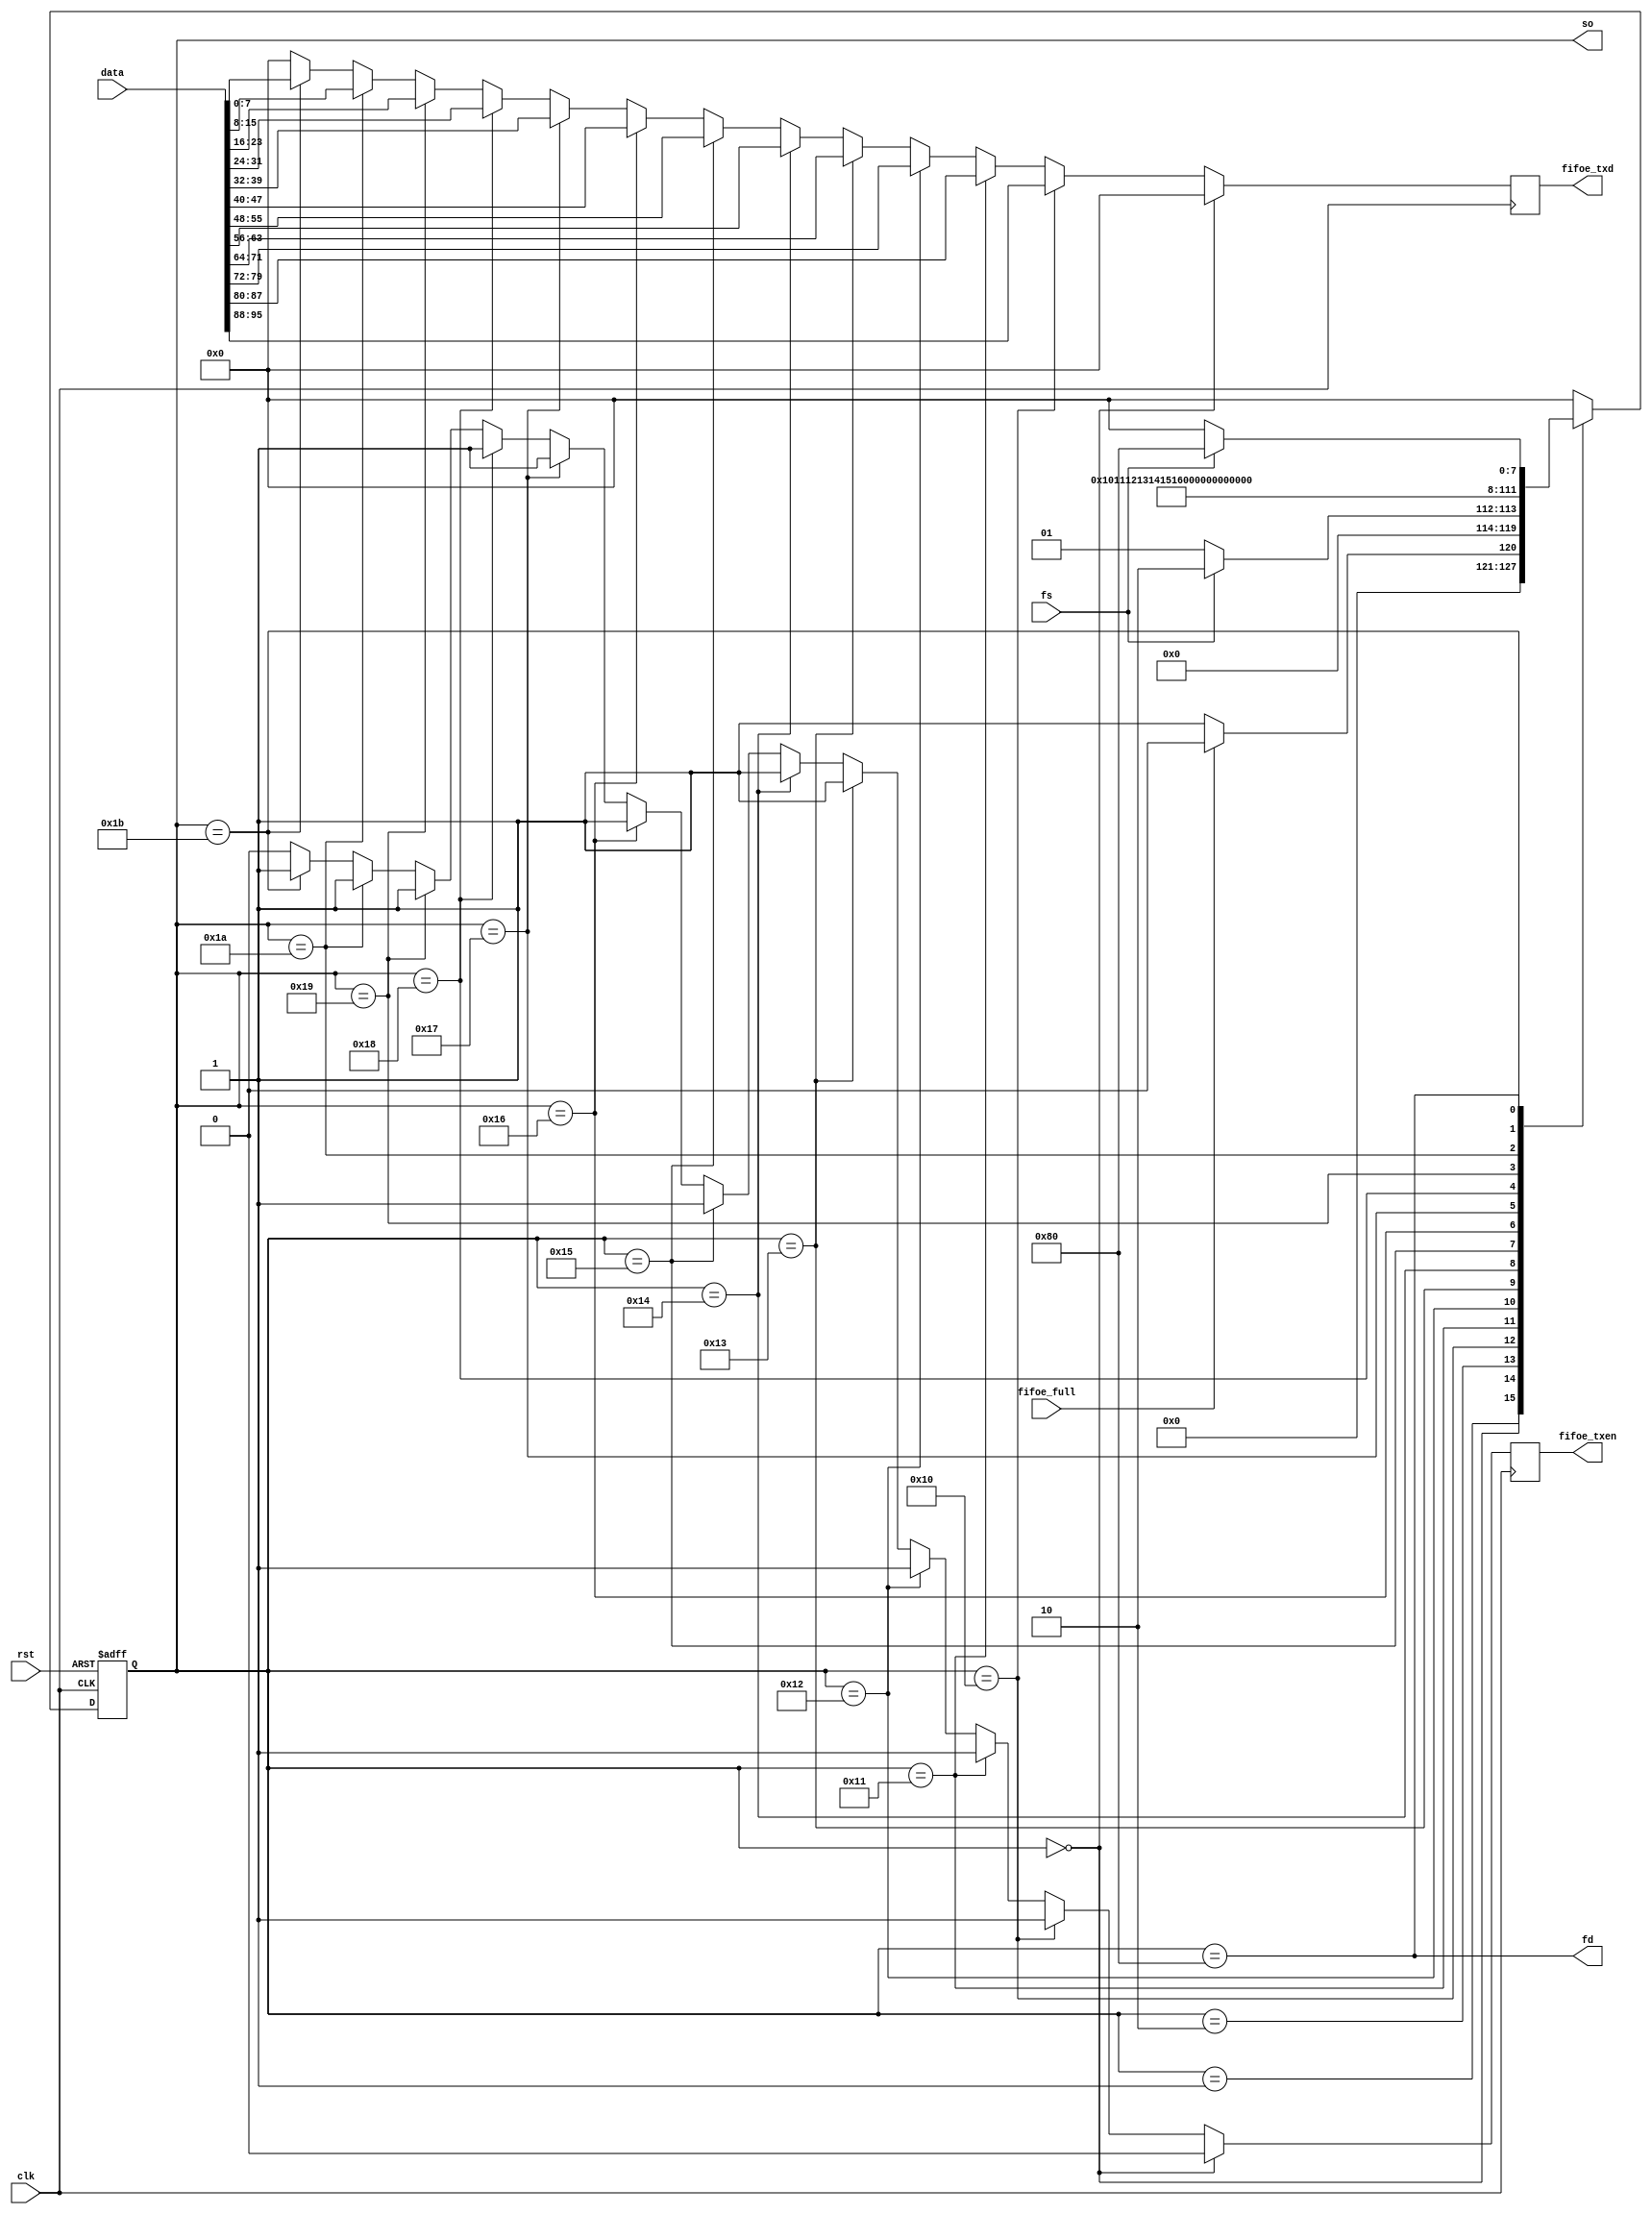
module ramw(
    input clk,
    input rst,
    input [95:0] data,

    input fs,
    output fd,
    input fifoe_full,
    output [7:0] so,

    output reg fifoe_txen,
    output reg [7:0] fifoe_txd
);
    reg [7:0] state, next_state;
    wire [7:0] dat[11:0];

    localparam IDLE = 8'h00, PREP = 8'h01, BEGN = 8'h02;
    localparam DAT0 = 8'h10, DAT1 = 8'h11, DAT2 = 8'h12, DAT3 = 8'h13;
    localparam DAT4 = 8'h14, DAT5 = 8'h15, DAT6 = 8'h16, DAT7 = 8'h17;
    localparam DAT8 = 8'h18, DAT9 = 8'h19, DATA = 8'h1A, DATB = 8'h1B;
    localparam LAST = 8'h80;

    assign dat[11] = data[95:88];
    assign dat[10] = data[87:80];
    assign dat[9] = data[79:72];
    assign dat[8] = data[71:64];
    assign dat[7] = data[63:56];
    assign dat[6] = data[55:48];
    assign dat[5] = data[47:40];
    assign dat[4] = data[39:32];
    assign dat[3] = data[31:24];
    assign dat[2] = data[23:16];
    assign dat[1] = data[15:8];
    assign dat[0] = data[7:0];
    assign fd = (state == LAST);
    assign so = state;

    always @(posedge clk or posedge rst) begin
        if(rst) state <= IDLE;
        else state <= next_state;
    end

    always @(*) begin
        case(state)
            IDLE: begin
                if(~fifoe_full) next_state <= PREP;
                else next_state <= IDLE;
            end
            PREP: begin
                if(fs) next_state <= BEGN;
                else next_state <= PREP;
            end
            BEGN: next_state <= DAT0;
            DAT0: next_state <= DAT1;
            DAT1: next_state <= DAT2;
            DAT2: next_state <= DAT3;
            DAT3: next_state <= DAT4;
            DAT4: next_state <= DAT5;
            DAT5: next_state <= DAT6;
            DAT6: next_state <= DAT7;
            DAT7: next_state <= DAT8;
            DAT8: next_state <= DAT9;
            DAT9: next_state <= DATA;
            DATA: next_state <= DATB;
            DATB: next_state <= LAST;
            LAST: begin
                if(~fs) next_state <= IDLE;
                else next_state <= LAST;
            end
            default: next_state <= IDLE;
        endcase
    end

    always @(posedge clk) begin
        if(state == IDLE) begin
            fifoe_txen <= 1'b0;
            fifoe_txd <= 8'h00;
        end
        else if(state == DAT0) begin
            fifoe_txen <= 1'b1;
            fifoe_txd <= dat[11];
        end
        else if(state == DAT1) begin
            fifoe_txen <= 1'b1;
            fifoe_txd <= dat[10];
        end
        else if(state == DAT2) begin
            fifoe_txen <= 1'b1;
            fifoe_txd <= dat[9];
        end
        else if(state == DAT3) begin
            fifoe_txen <= 1'b1;
            fifoe_txd <= dat[8];
        end
        else if(state == DAT4) begin
            fifoe_txen <= 1'b1;
            fifoe_txd <= dat[7];
        end
        else if(state == DAT5) begin
            fifoe_txen <= 1'b1;
            fifoe_txd <= dat[6];
        end
        else if(state == DAT6) begin
            fifoe_txen <= 1'b1;
            fifoe_txd <= dat[5];
        end
        else if(state == DAT7) begin
            fifoe_txen <= 1'b1;
            fifoe_txd <= dat[4];
        end
        else if(state == DAT8) begin
            fifoe_txen <= 1'b1;
            fifoe_txd <= dat[3];
        end
        else if(state == DAT9) begin
            fifoe_txen <= 1'b1;
            fifoe_txd <= dat[2];
        end
        else if(state == DATA) begin
            fifoe_txen <= 1'b1;
            fifoe_txd <= dat[1];
        end
        else if(state == DATB) begin
            fifoe_txen <= 1'b1;
            fifoe_txd <= dat[0];
        end
        else begin
            fifoe_txen <= 1'b0;
            fifoe_txd <= 8'h00;
        end
    end



endmodule